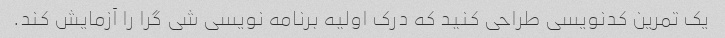
یک تمرین کدنویسی طراحی کنید که درک اولیه برنامه نویسی شی گرا را آزمایش کند.